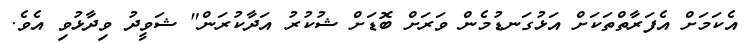
އެކަމަށް އެފަރާތްތަކަށް އަޅުގަނޑުމެން ވަރަށް ބޮޑަށް ޝުކުރު އަދާކުރަން" ޝަވީދު ވިދާޅުވި އެވެ.